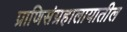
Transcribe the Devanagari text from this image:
प्राणिसंग्रहालायातील